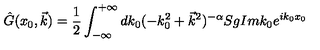
\hat { G } ( x _ { 0 } , \vec { k } ) = \frac { 1 } { 2 } \int _ { - \infty } ^ { + \infty } d k _ { 0 } ( - k _ { 0 } ^ { 2 } + \vec { k } ^ { 2 } ) ^ { - \alpha } S g I m k _ { 0 } e ^ { i k _ { 0 } x _ { 0 } }